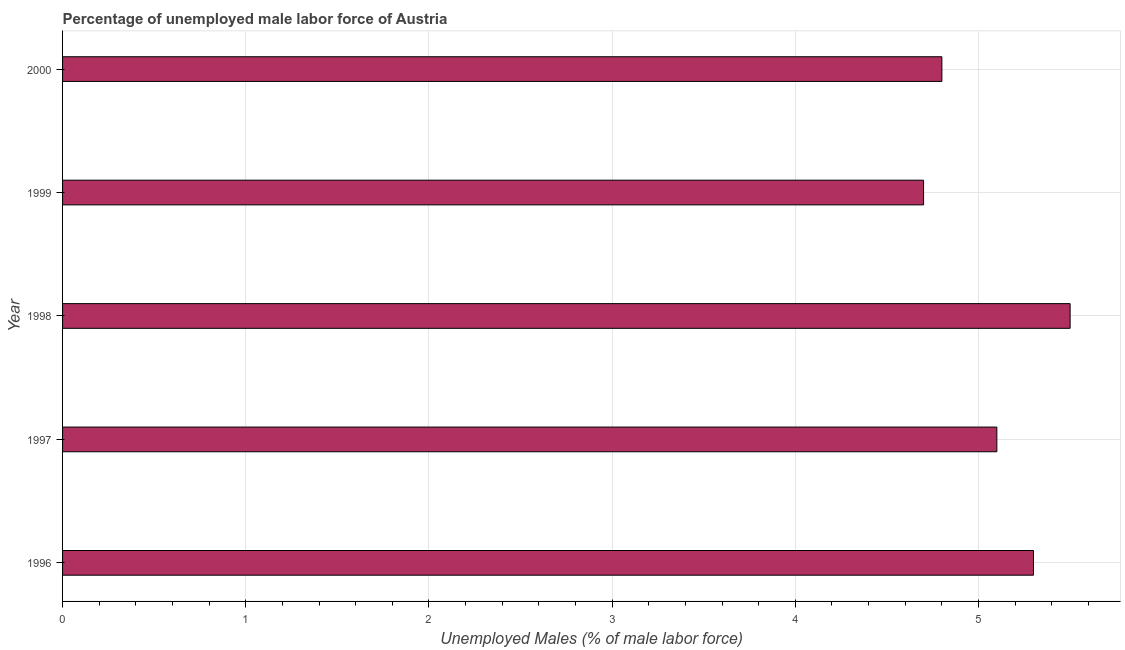
| Year | Unemployment male |
 | --- | --- |
 | 1996 | 5.3 |
 | 1997 | 5.1 |
 | 1998 | 5.5 |
 | 1999 | 4.7 |
 | 2000 | 4.8 |